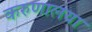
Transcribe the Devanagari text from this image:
करुणालया